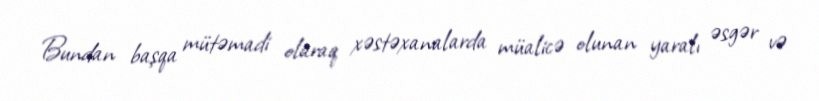
Bundan başqa mütəmadi olaraq xəstəxanalarda müalicə olunan yaralı əsgər və